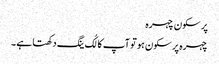
پر سکون چہرہ
چہرہ پرسکون ہو تو آپ کا لُک ینگ دکھتا ہے ۔